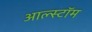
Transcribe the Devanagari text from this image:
आल्स्टॉम